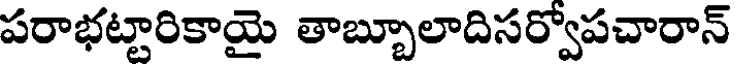
పరాభట్టారికాయై తాబ్బూలాదిసర్వోపచారాన్